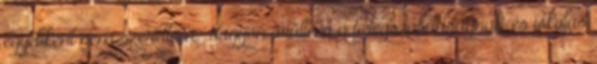
egyébként nem szerettem. Nagyon örültem a betegszabadságnak, és iskolás